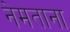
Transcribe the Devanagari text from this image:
नेमताना